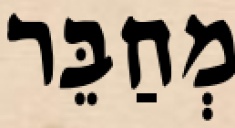
מְחַבֵּר